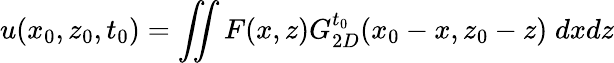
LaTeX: u(x_{0},z_{0},t_{0})=\iint F(x,z)G_{2D}^{t_{0}}(x_{0}-x,z_{0}-z)\; dxdz